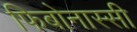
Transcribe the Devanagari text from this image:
फिबोनास्सी